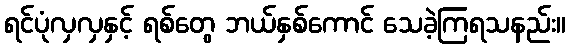
ရင်ပုံလှလှနှင့် ရစ်တွေ ဘယ်နှစ်ကောင် သေခဲ့ကြရသနည်း။